Sanitation, dispensaries and jails vaccination Rajputana 1922-1927 - 1922-1927
Year: 1922
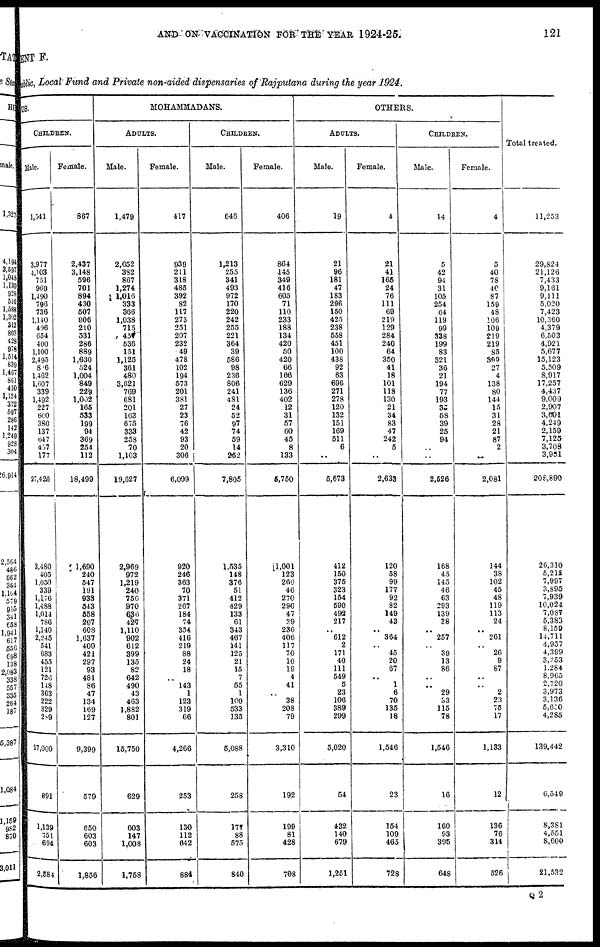
AND ON VACCINATION FOR THE YEAR 1924-25
121
ENT F.
public, Local Fund and Private non-aided dispensaries of Rajputana during the year 1924.
DUS.
CHILDREN.
Male.
1,541
3,977
4,103
751
969
1,490
796
736
1,140
406
654
400
1,100
2,495
816
1,462
1,607
339
1,492
227
660
380
137
647
457
177
27,426
3,480
405
1,050
339
1,176
1,488
1,014
786
1,140
2,245
541
683
455
121
726
148
363
222
329
289
17,000
691
1,139
751
694
2,584
Female.
867
2,437
3,148
596
701
894
430
507
906
210
531
286
889
1,630
524
1,004
849
229
1,002
165
533
199
94
369
254
112
18,499
1,690
240
547
191
933
543
558
297
608
1,637
400
421
297
93
481
86
47
134
169
127
9,399
579
650
603
603
1,856
MOHAMMADANS.
ADULTS.
Male.
1,479
2,652
382
867
1,274
1,016
333
366
1,038
715
437
536
151
1,125
361
480
3,621
769
681
201
163
675
333
258
70
1,103
19,627
2,969
972
1,219
240
756
970
636
427
1,110
902
612
399
135
82
642
490
43
463
1,882
801
15,750
629
603
147
1,008
1,758
Female.
417
939
211
318
485
392
82
117
273
251
207
232
49
478
102
194
573
201
381
27
23
76
42
93
20
306
6,009
920
246
363
70
371
267
184
74
354
416
219
88
24
18
..
143
1
123
319
66
4,266
253
130
112
642
884
CHILDREN.
Male.
646
1,213
255
341
493
972
170
220
242
255
221
364
39
586
98
236
806
241
481
24
52
97
74
59
14
252
7,805
1,535
148
376
51
412
429
133
61
343
467
141
125
21
15
7
55
1
100
533
135
5,088
258
177
88
575
840
Female.
406
864
145
349
416
605
71
110
233
188
134
420
50
420
66
166
629
136
402
12
31
57
60
45
8
133
5,750
1,001
123
260
46
270
296
47
39
236
406
117
70
10
19
4
41
..
38
208
79
3,310
192
199
81
428
708
OTHERS.
ADULTS.
Male.
19
21
96
181
47
183
296
150
425
238
558
451
100
438
92
63
696
271
278
120
132
151
169
511
6
..
5,673
412
150
375
323
154
690
492
217
..
612
2
171
40
111
549
5
23
106
389
299
5,020
54
432
140
679
1,251
Female.
4
21
41
165
24
76
111
69
219
129
284
240
64
350
41
18
101
118
130
21
34
83
47
242
5
..
2,633
120
58
99
177
92
82
149
43
..
364
..
45
20
67
..
1
6
70
135
18
1,546
23
154
109
465
728
CHILDREN.
Male.
14
5
42
94
31
105
254
64
119
99
338
199
83
321
36
21
194
77
193
35
58
39
25
94
..
..
2,526
168
45
145
46
63
293
139
38
..
257
..
39
13
86
..
..
29
33
115
78
1,546
16
160
93
395
648
Female.
4
5
40
78
40
87
159
48
106
109
219
219
85
399
27
4
138
80
144
15
31
28
21
87
2
..
2,081
144
38
102
45
48
119
113
24
..
261
..
26
9
87
..
..
2
23
75
17
1,133
12
136
76
314
526
Total treated.
11,253
29,824
21,126
7,433
9,161
9,111
5,020
7,423
10,360
4,379
6,503
4,921
5,677
15,123
5,509
8,917
17,257
4,437
9,009
2,907
3,001
4,249
2,159
7,125
3,708
3,951
208,890
26,310
5,215
7,997
3,895
7,939
10,024
7,087
5,383
8,159
14,711
4,957
4,399
3,353
1,284
8,965
2,720
3,973
3,136
5,650
4,285
139,442
6,540
8,381
4,551
8,600
21,532
Q 2